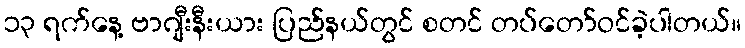
၁၃ ရက်နေ့ ဗာဂျီးနီးယား ပြည်နယ်တွင် စတင် တပ်တော်ဝင်ခဲ့ပါတယ်။